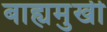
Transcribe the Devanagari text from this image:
बाह्यमुखी